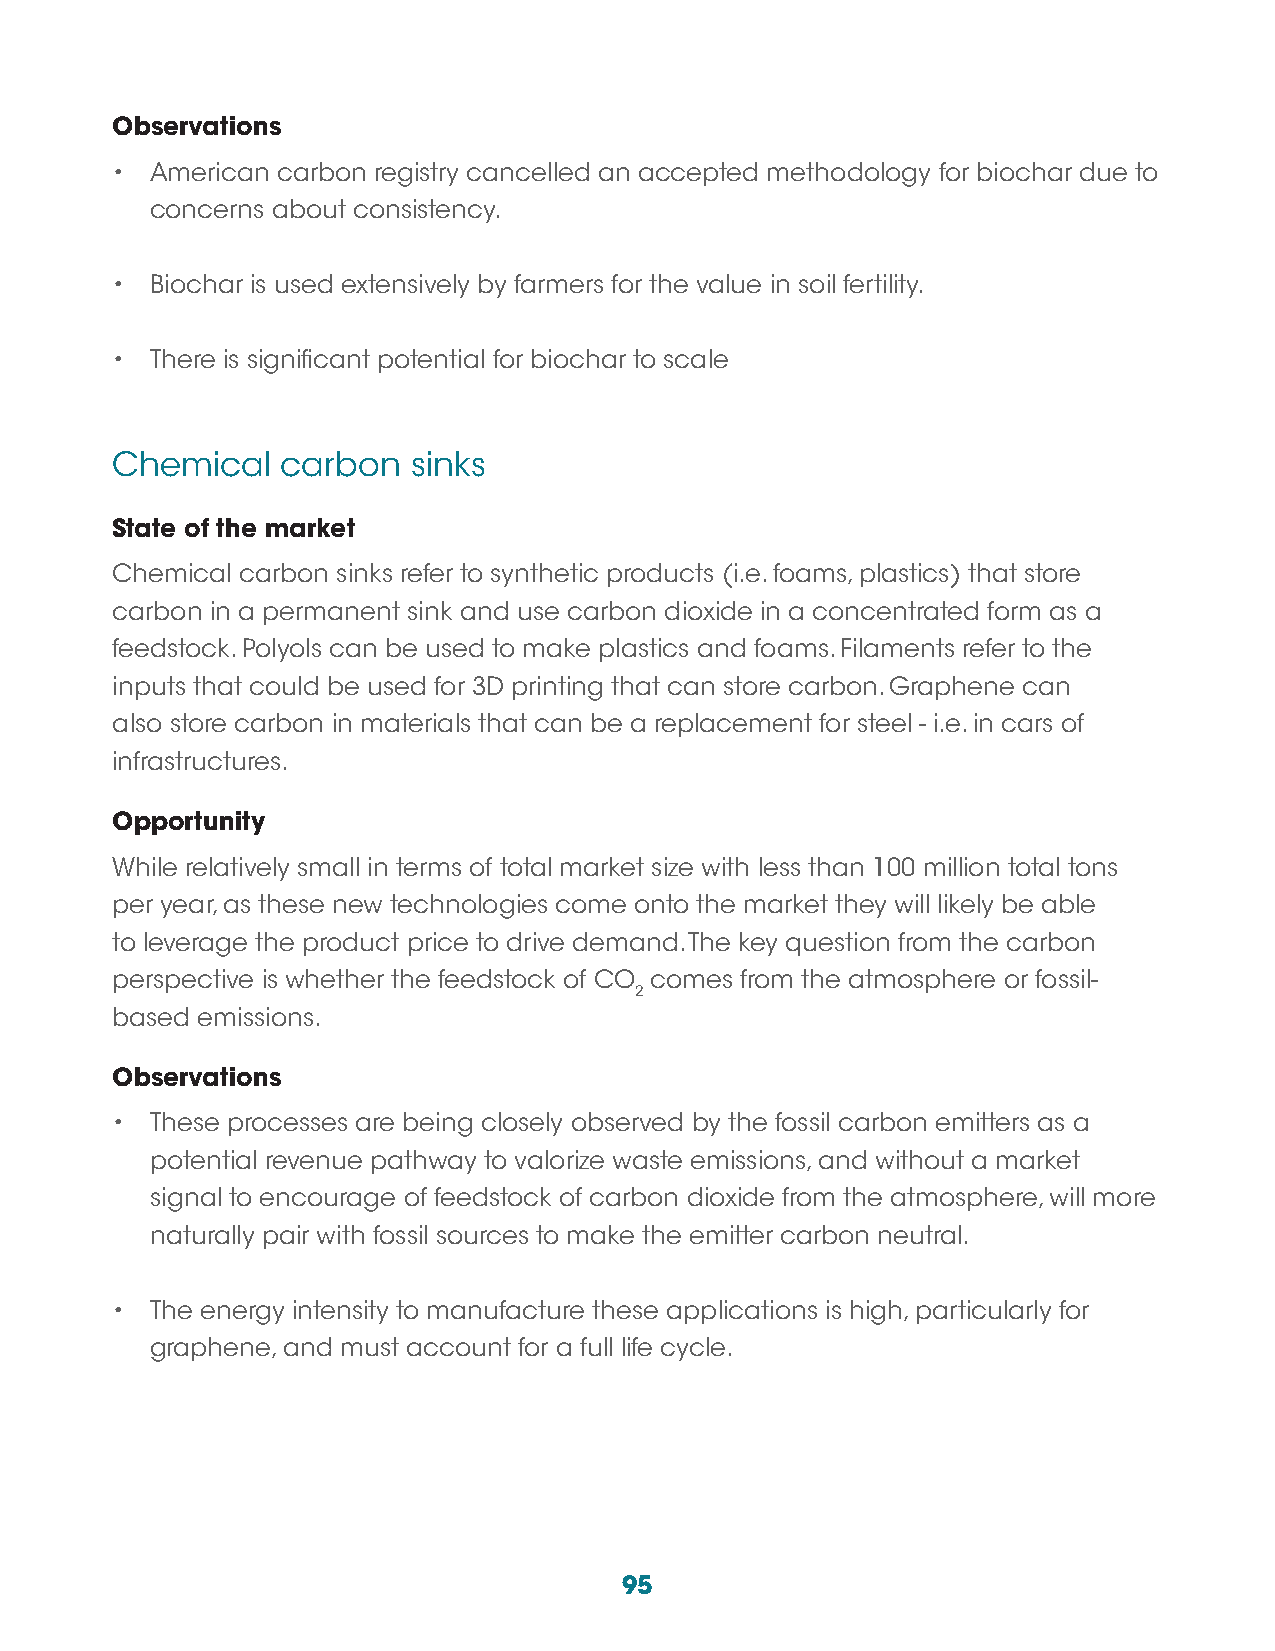
Observations
 •  American carbon registry cancelled an accepted methodology for biochar due to
 concerns about consistency.
 •  Biochar is used extensively by farmers for the value in soil fertility.
 •  There is significant potential for biochar to scale
 Chemical    carbon  sinks
 State of the market
 Chemical carbon sinks refer to synthetic products (i.e. foams, plastics) that store
 carbon in a permanent sink and use carbon dioxide in a concentrated form as a
 feedstock. Polyols can be used to make plastics and foams. Filaments refer to the
 inputs that could be used for 3D printing that can store carbon. Graphene can
 also store carbon in materials that can be a replacement for steel - i.e. in cars of
 infrastructures.
 Opportunity
 While relatively small in terms of total market size with less than 100 million total tons
 per year, as these new technologies come onto the market they will likely be able
 to leverage the product price to drive demand. The key question from the carbon
 perspective is whether the feedstock of CO comes from the atmosphere or fossil-
 2
 based emissions.
 Observations
 •  These processes are being closely observed by the fossil carbon emitters as a
 potential revenue pathway to valorize waste emissions, and without a market
 signal to encourage of feedstock of carbon dioxide from the atmosphere, will more
 naturally pair with fossil sources to make the emitter carbon neutral.
 •  The energy intensity to manufacture these applications is high, particularly for
 graphene, and must account for a full life cycle.
 95